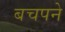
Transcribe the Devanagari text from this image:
बचपने